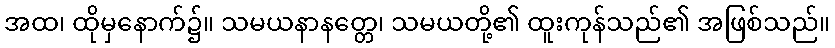
အထ၊ ထိုမှနောက်၌။ သမယနာနတ္တေ၊ သမယတို့၏ ထူးကုန်သည်၏ အဖြစ်သည်။